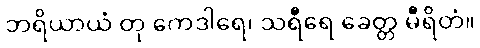
ဘရိယာယံ တု ကေဒါရေ၊ သရီရေ ခေတ္တ မီရိတံ။